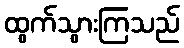
ထွက်သွားကြသည်